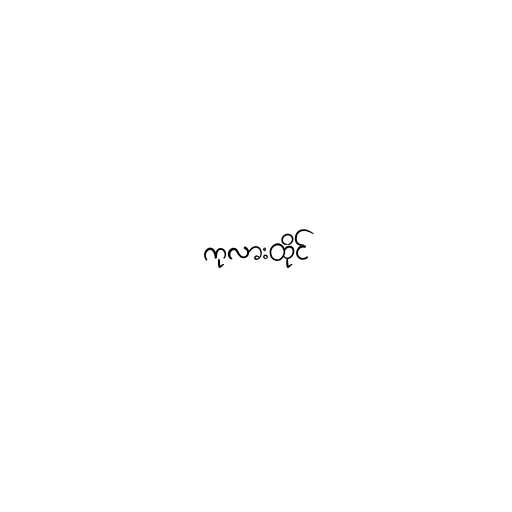
ကုလားထိုင်